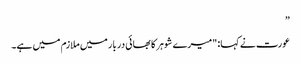
”
عورت نے کہا: "میرے شوہر کا بھائی دربار میں ملازم میں ہے۔